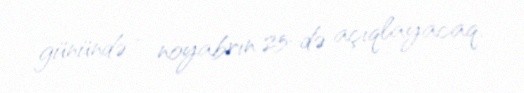
günündə - noyabrın 25-də açıqlayacaq.